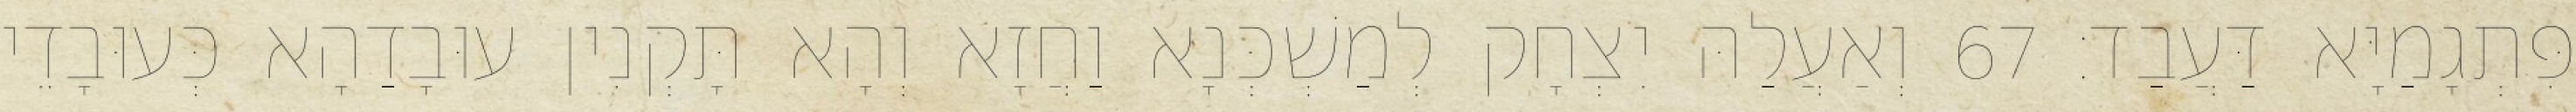
פִּתְגָמַיָּא דַּעֲבַד׃ 67 וְאַעֲלַהּ יִצְחָק לְמַשְׁכְּנָא וַחֲזָא וְהָא תָּקְנִין עוּבָדַהָא כְּעוּבָדֵי